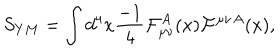
LaTeX: S _ { Y M } = \int d ^ { 4 } x { \frac { - 1 } { 4 } } { \cal F } _ { \mu \nu } ^ { A } ( x ) { \cal F } ^ { \mu \nu } { } ^ { A } ( x ) ,